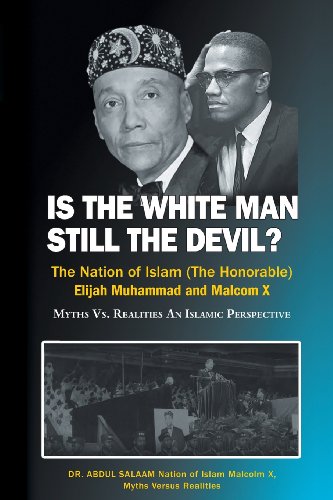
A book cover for Is the White Man Still the Devil: The Nation of Islam, (The Honorable) Elijah Muhammad and Malcolm X; Abdul Salaam; Religion & Spirituality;